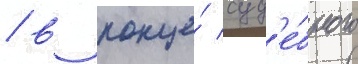
/ в конце́ суд'е́бного